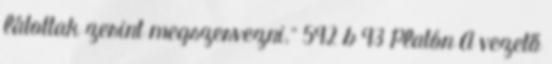
látottak zerint megszervezni.” 592 b 93 Platón A vezető